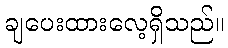
ချပေးထားလေ့ရှိသည်။